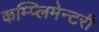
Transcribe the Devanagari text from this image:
कम्प्लिमेन्टरी